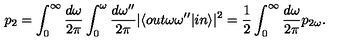
p _ { 2 } = \int _ { 0 } ^ { \infty } \frac { d \omega } { 2 \pi } \int _ { 0 } ^ { \omega } \frac { d \omega ^ { \prime \prime } } { 2 \pi } \vert \langle o u t \omega \omega ^ { \prime \prime } \vert i n \rangle \vert ^ { 2 } = \frac 1 2 \int _ { 0 } ^ { \infty } \frac { d \omega } { 2 \pi } p _ { 2 \omega } .